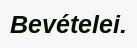
Bevételei.